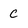
Character: c